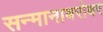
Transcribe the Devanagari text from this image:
सन्मानाबरोबर